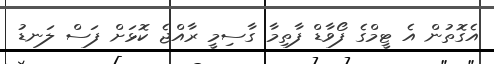
އެގޮތުން އެ ޓީމްގެ ފޯވާޑް ފާތިމާ ގާސިމީ ރާއްޖެ ކޮޅަށް ފަސް ލަނޑު